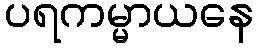
ပရကမ္မာယနေ